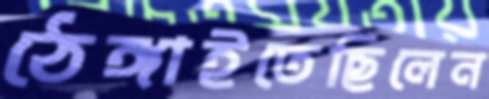
ঠেঙ্গাইতেছিলেন